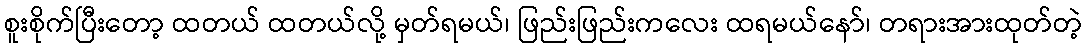
စူးစိုက်ပြီးတော့ ထတယ် ထတယ်လို့ မှတ်ရမယ်၊ ဖြည်းဖြည်းကလေး ထရမယ်နော်၊ တရားအားထုတ်တဲ့